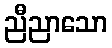
ညီညာသော